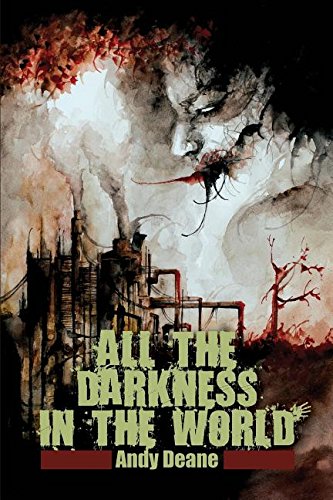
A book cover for All the Darkness in the World; Andy Deane; Mystery, Thriller & Suspense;